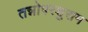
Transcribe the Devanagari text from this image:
तन्नोपरशुराम